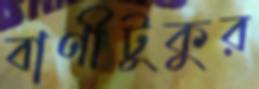
বাণীটুকুর